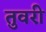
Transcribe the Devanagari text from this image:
तुवरी